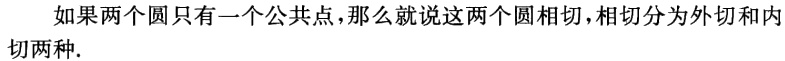
如果两个圆只有一个公共点，那么就说这两个圆相切，相切分为外切和内切两种.